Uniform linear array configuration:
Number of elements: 24
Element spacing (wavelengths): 0.5
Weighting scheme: exponential
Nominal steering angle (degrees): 15
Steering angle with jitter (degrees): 14.425
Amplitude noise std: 0.05
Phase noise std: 0.05

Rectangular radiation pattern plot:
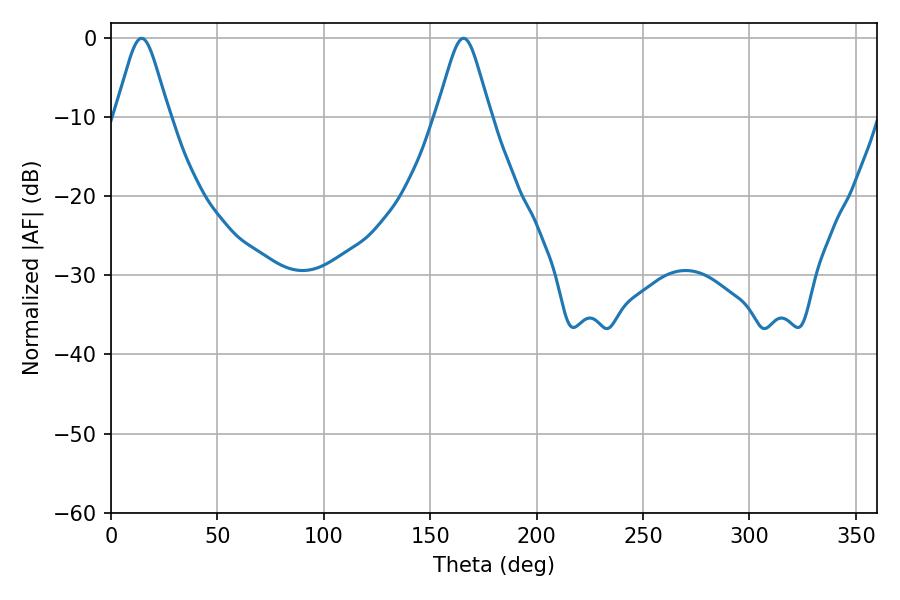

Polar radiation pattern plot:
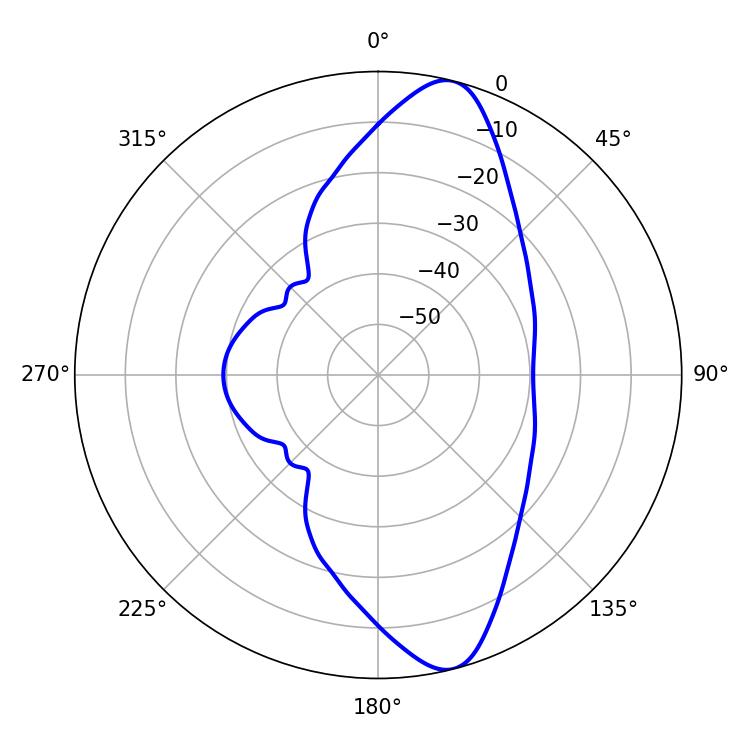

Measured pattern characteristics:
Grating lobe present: FALSE
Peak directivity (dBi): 11.835
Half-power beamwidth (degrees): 12.24
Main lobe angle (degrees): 14.4